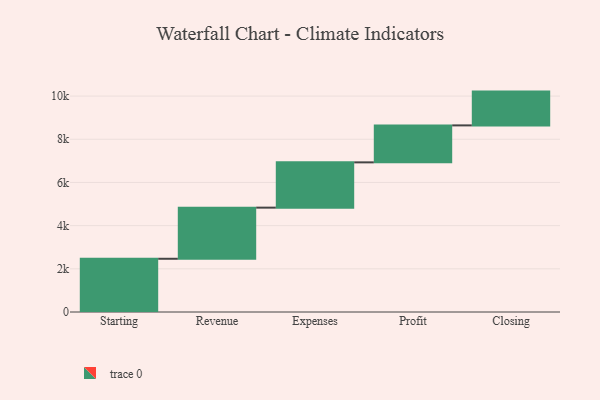
{"axis": {"x": "Step", "y": "Value"}, "legend": [""], "data": [{"x": "Starting", "y": 2465.0, "type": ""}, {"x": "Revenue", "y": 2368.0, "type": ""}, {"x": "Expenses", "y": 2097.0, "type": ""}, {"x": "Profit", "y": 1712.0, "type": ""}, {"x": "Closing", "y": 1565.0, "type": ""}]}